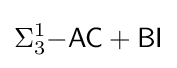
\Sigma _{3}^{1}{\mathsf {-AC+BI}}